38_143685_box_Incident_Summaries_101-172
Agency: Department of War
Page 18
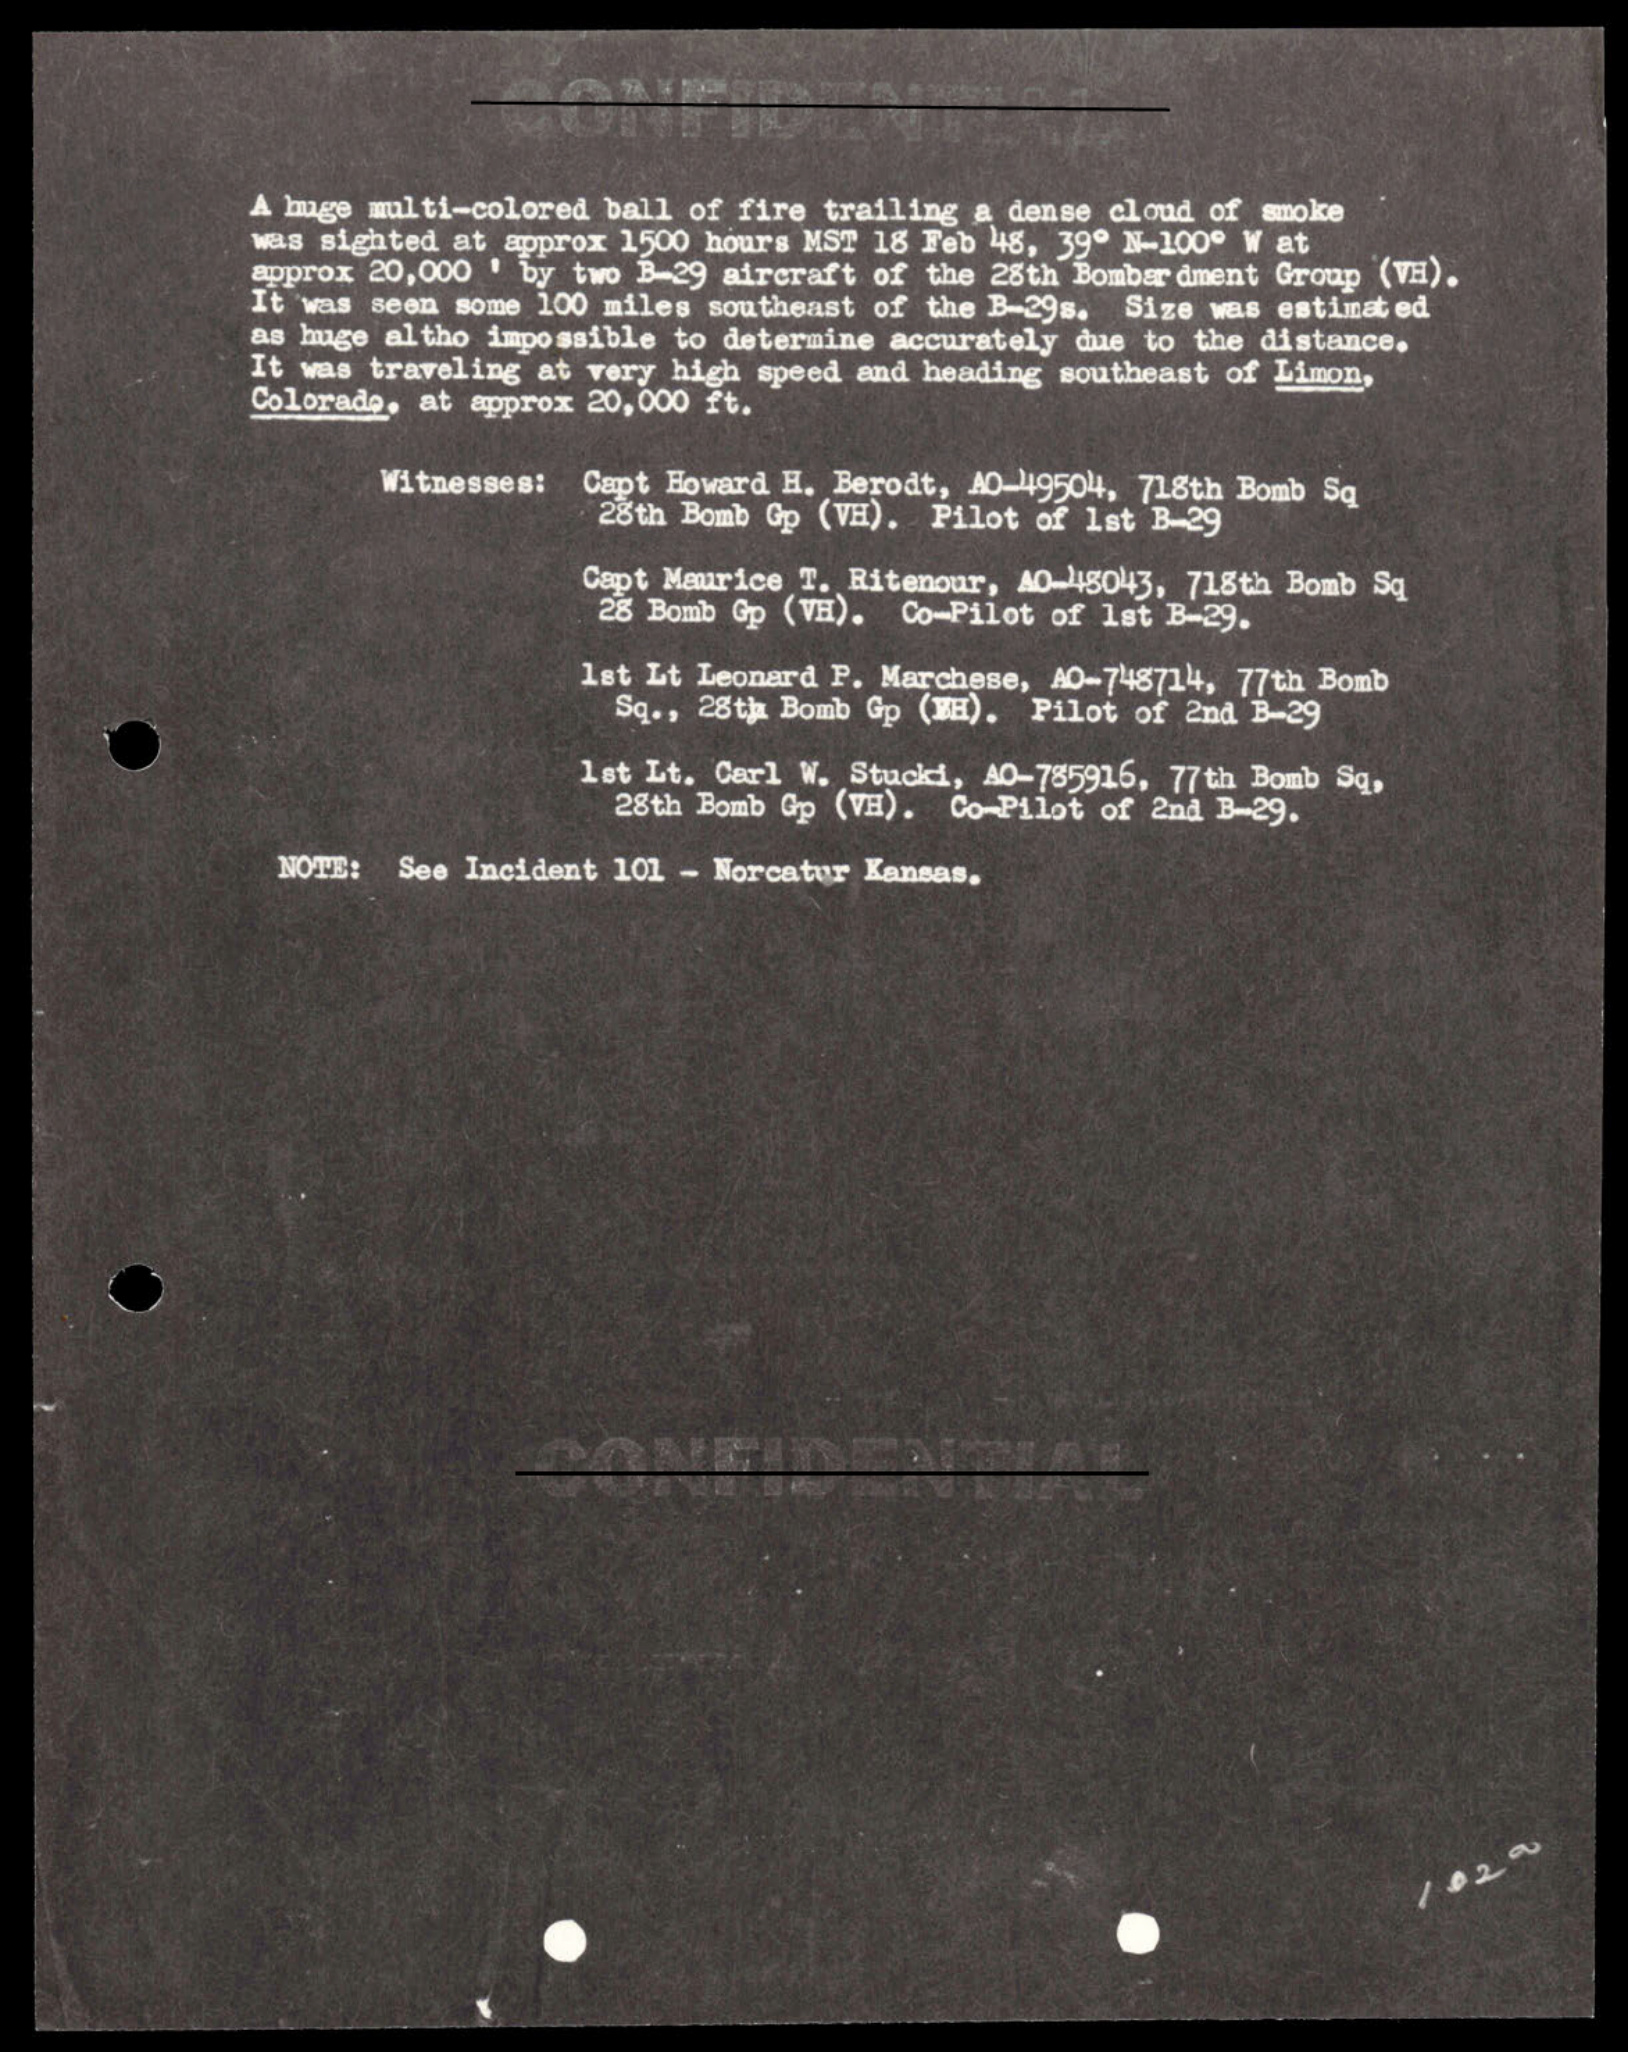